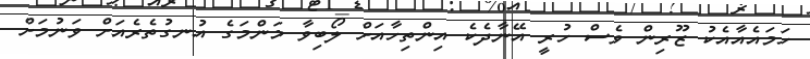
ހަމައެއާއެކު ޒޫރިން ވެސް ހުރީ އޭނާދެކެ އިންތިހާއަށް ލޯބިވާ މަންމަގެ އުނގުތެރެއަށް ވަނުމަށް